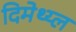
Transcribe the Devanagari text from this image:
दिमेथ्य्ल